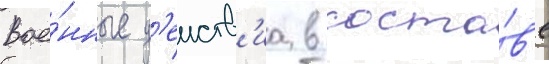
вое́нные д'еиств'иа в соста́в'е